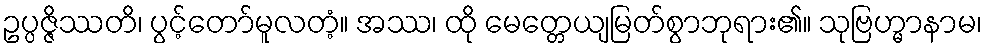
ဥပ္ပဇ္ဇိဿတိ၊ ပွင့်တော်မူလတံ့။ အဿ၊ ထို မေတ္တေယျမြတ်စွာဘုရား၏။ သုဗြဟ္မာနာမ၊